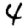
Digit: 4